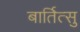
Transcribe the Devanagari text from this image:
बार्तित्सु